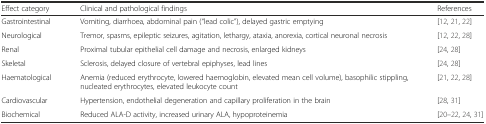
<table><thead><tr><td><b>Effect category</b></td><td><b>Clinical and pathological findings</b></td><td><b>References</b></td></tr></thead><tbody><tr><td>Gastrointestinal</td><td>Vomiting, diarrhoea, abdominal pain (“lead colic”), delayed gastric emptying</td><td>[12, 21, 22]</td></tr><tr><td>Neurological</td><td>Tremor, spasms, epileptic seizures, agitation, lethargy, ataxia, anorexia, cortical neuronal necrosis</td><td>[12, 22, 28]</td></tr><tr><td>Renal</td><td>Proximal tubular epithelial cell damage and necrosis, enlarged kidneys</td><td>[24, 28]</td></tr><tr><td>Skeletal</td><td>Sclerosis, delayed closure of vertebral epiphyses, lead lines</td><td>[24, 28]</td></tr><tr><td>Haematological</td><td>Anemia (reduced erythrocyte, lowered haemoglobin, elevated mean cell volume), basophilic stippling, nucleated erythrocytes, elevated leukocyte count</td><td>[21, 22, 28]</td></tr><tr><td>Cardiovascular</td><td>Hypertension, endothelial degeneration and capillary proliferation in the brain</td><td>[28, 31]</td></tr><tr><td>Biochemical</td><td>Reduced ALA-D activity, increased urinary ALA, hypoproteinemia</td><td>[20–22, 24, 31]</td></tr></tbody></table>